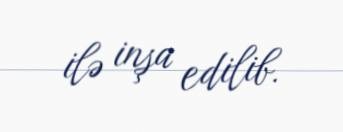
ilə inşa edilib.